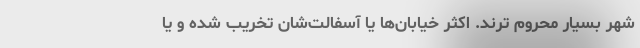
شهر بسیار محروم ترند. اکثر خیابان‌ها یا آسفالت‌شان تخریب شده و یا